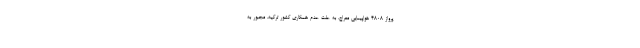
پرواز ۴۸۰۸ هواپیمایی معراج، به علت عدم همکاری کشور ترکیه، مجبور به